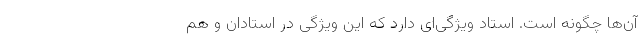
آن‌ها چگونه است. استاد ویژگی‌ای دارد که این ویژگی در استادان و هم